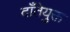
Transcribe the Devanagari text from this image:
दाँतेयुक्त